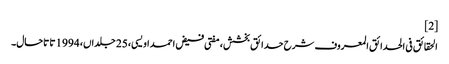
[2]
الحقائق فی الحدائق المعروف شرح حدائق بخشش، مفتی فیض احمد اویسی، 25 جلداں، 1994 تا تاحال۔